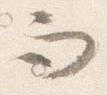
而